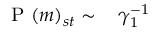
\begin{array} { r l } { \mathrm { ~ P ~ } ( m ) _ { s t } \sim \, } & { { } \gamma _ { 1 } ^ { - 1 } } \end{array}